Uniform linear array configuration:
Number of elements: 48
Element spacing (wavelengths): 0.5
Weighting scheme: exponential
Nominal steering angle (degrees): -45
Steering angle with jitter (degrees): -44.491
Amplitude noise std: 0.05
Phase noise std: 0.05

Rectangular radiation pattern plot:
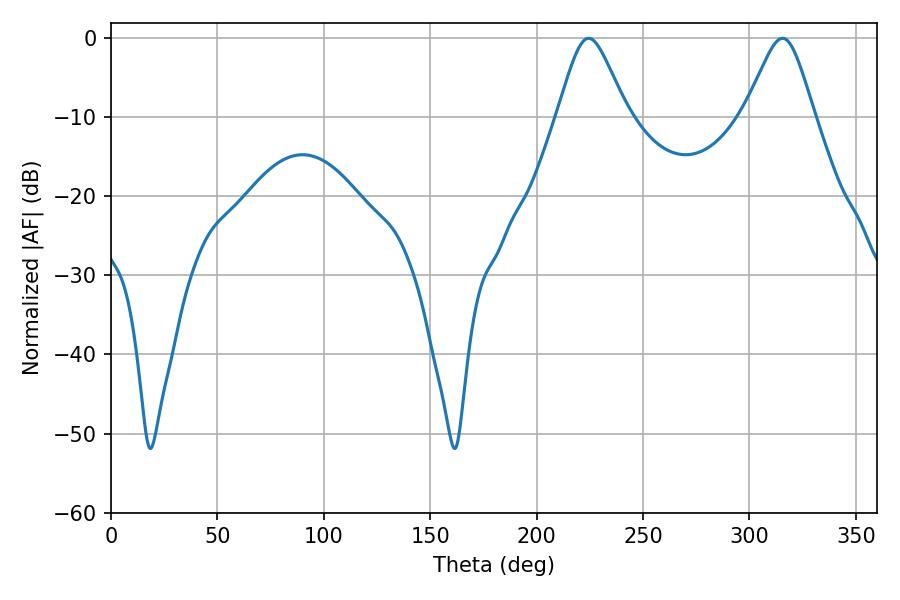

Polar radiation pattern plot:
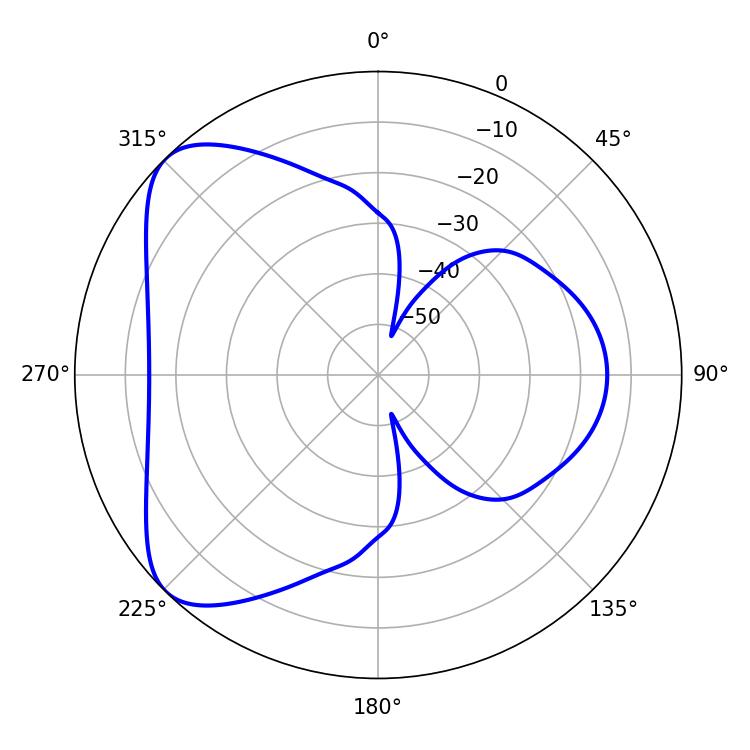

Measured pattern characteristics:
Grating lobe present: FALSE
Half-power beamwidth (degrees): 16.02
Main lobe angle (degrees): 224.46